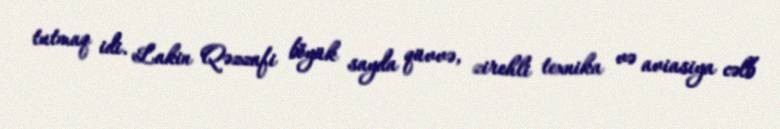
tutmaq idi. Lakin Qəzzafi böyük sayda qüvvə, zirehli texnika və aviasiya cəlb